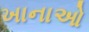
ખાનાઓ